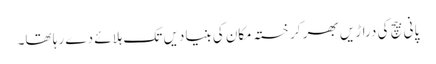
پانی بیچ کی دراڑیں بھر کر خستہ مکان کی بنیادیں تک ہلائے دے رہا تھا۔